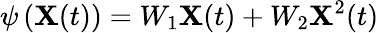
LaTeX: \psi\left(\mathbf{X}(t)\right)=W_{1}\mathbf{X}(t)+W_{2}\mathbf{X}^{2}(t)